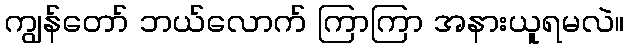
ကျွန်တော် ဘယ်လောက် ကြာကြာ အနားယူရမလဲ။